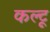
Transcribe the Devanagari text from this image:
कल्टू